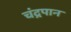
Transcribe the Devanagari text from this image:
चंद्रपान